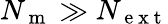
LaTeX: N_{\mathrm{~m~}}\gg N_{\mathrm{~e~x~t~}}